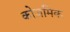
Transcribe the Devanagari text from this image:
कोज़मिक